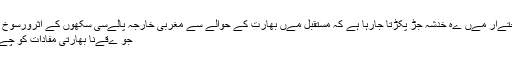
بھارتی اربابِ اختےار مےں ےہ خدشہ جڑ پکڑتا جارہا ہے کہ مستقبل مےں بھارت کے حوالے سے مغربی خارجہ پالےسی سکھوں کے اثرورسوخ کے تحت ہو گی
جو ےقےنا بھارتی مفادات کو چےلنج کرےں گے۔